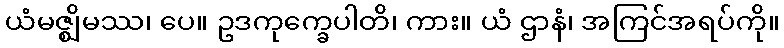
ယံမဇ္ဈိမဿ၊ ပေ။ ဥဒကုက္ခေပါတိ၊ ကား။ ယံ ဌာနံ၊ အကြင်အရပ်ကို။